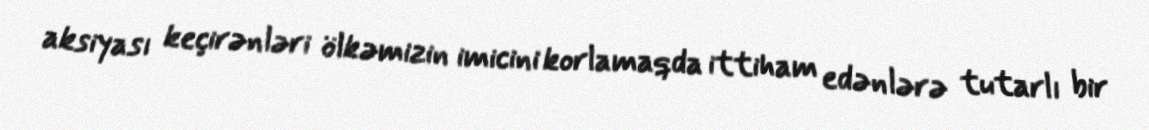
aksiyası keçirənləri ölkəmizin imicini korlamaqda ittiham edənlərə tutarlı bir